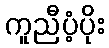
ကူညီပံ့ပိုး